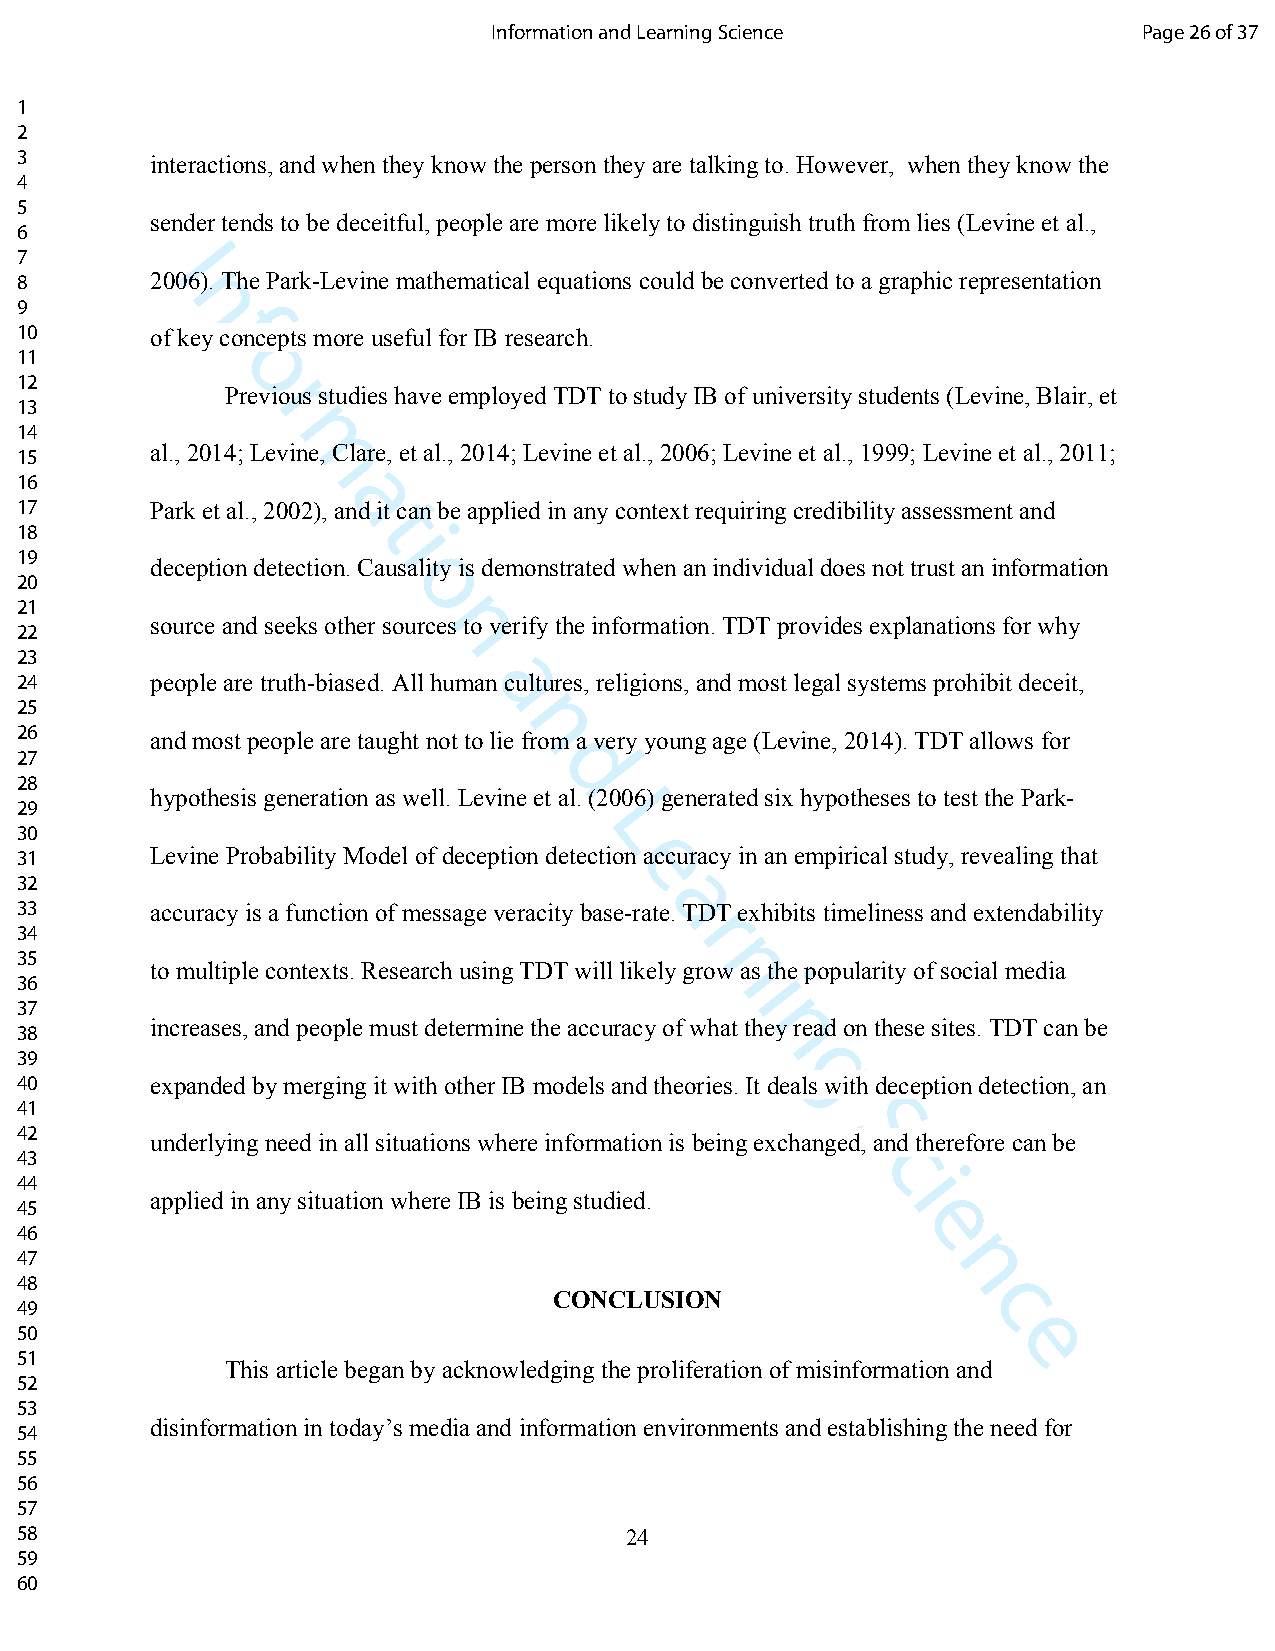
Information and Learning Science           Page 26 of 37
 1
 2
 3        interactions, and when they know the person they are talking to. However, when they know the
 4
 5
 sender tends to be deceitful, people are more likely to distinguish truth from lies (Levine et al.,
 6
 7        I
 8        2006). The Park-Levine mathematical equations could be converted to a graphic representation
 n
 9
 f
 10       of key concepts more useful for IB research.
 11
 o
 12
 Prervious studies have employed TDT to study IB of university students (Levine, Blair, et
 13
 14
 15
 al., 2014; Lemvine, Clare, et al., 2014; Levine et al., 2006; Levine et al., 1999; Levine et al., 2011;
 16
 a
 17       Park et al., 2002), and it can be applied in any context requiring credibility assessment and
 t
 18                      i
 19
 deception detection. Causality is demonstrated when an individual does not trust an information
 20                       o
 21
 source and seeks other sourcnes to verify the information. TDT provides explanations for why
 22
 23
 24       people are truth-biased. All humaan cultures, religions, and most legal systems prohibit deceit,
 25
 n
 26       and most people are taught not to lie from a very young age (Levine, 2014). TDT allows for
 27
 d
 28
 hypothesis generation as well. Levine et al. (2006) generated six hypotheses to test the Park-
 29
 L
 30
 31       Levine Probability Model of deception detectio en accuracy in an empirical study, revealing that
 32
 a
 33       accuracy is a function of message veracity base-rate. TDT exhibits timeliness and extendability
 r
 34
 35
 to multiple contexts. Research using TDT will likely grnow as the popularity of social media
 36                                              i
 37
 38
 increases, and people must determine the accuracy of what tnhey read on these sites. TDT can be
 39
 g
 40       expanded by merging it with other IB models and theories. It deals with deception detection, an
 41
 42                                                    S
 underlying need in all situations where information is being exchanged, and therefore can be
 43                                                      c
 44                                                        i
 applied in any situation where IB is being studied.
 45
 e
 46
 47                                                           n
 48
 CONCLUSION                 c
 49
 50                                                               e
 51
 This article began by acknowledging the proliferation of misinformation and
 52
 53
 disinformation in today’s media and information environments and establishing the need for
 54
 55
 56
 57
 58                                      24
 59
 60